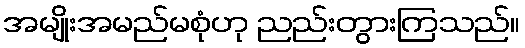
အမျိုးအမည်မစုံဟု ညည်းတွားကြသည်။